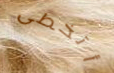
أتخطى